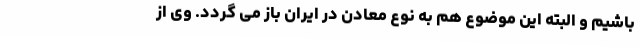
باشیم و البته این موضوع هم به نوع معادن در ایران باز می گردد. وی از